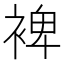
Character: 裨